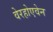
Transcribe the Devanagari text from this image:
वेरहोएवेन